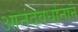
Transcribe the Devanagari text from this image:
आनंदवर्धानाने